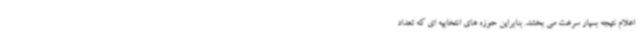
اعلام نتیجه بسیار سرعت می بخشد. بنابراین حوزه های انتخابیه ای که تعداد